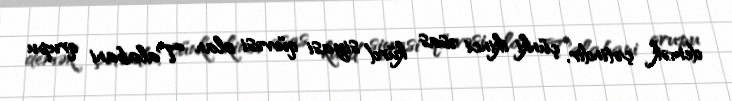
demək çətindir, çünki ikinci əsas kürd siyasi qüvvəsi olan Talabani qrupu